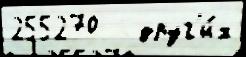
255270   друг'и́х